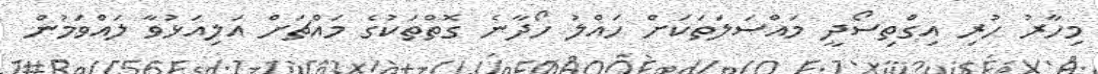
މިހާރު ހުރި އިގްތިސޯދީ މައްސަލަތަކަށް ހައްލު ހޯދާނެ ގޮތްތަކުގެ މައްޗަށް އަލިއަޅުވާ ލައްވަމުން